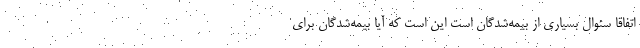
اتفاقاً سئوال بسیاری از بیمه‌شدگان است این است که آیا بیمه‌شدگان برای